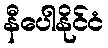
နီပေါနိုင်ငံ